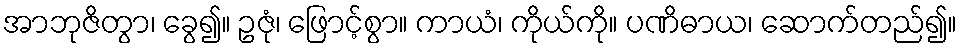
အာဘုဇိတွာ၊ ခွေ၍။ ဥဇုံ၊ ဖြောင့်စွာ။ ကာယံ၊ ကိုယ်ကို။ ပဏိဓာယ၊ ဆောက်တည်၍။